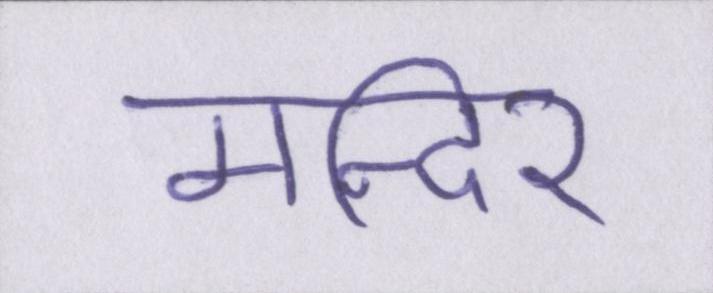
मन्दिर